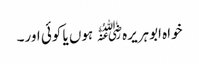
خواہ ابوہریرہ﷜ ہوں یا کوئی اور۔